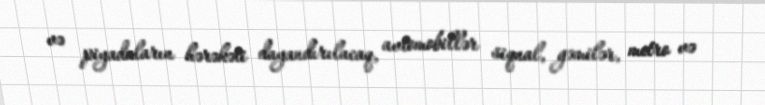
və piyadaların hərəkəti dayandırılacaq, avtomobillər siqnal, gəmilər, metro və